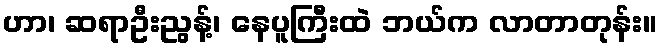
ဟာ၊ ဆရာဦးညွန့်၊ နေပူကြီးထဲ ဘယ်က လာတာတုန်း။